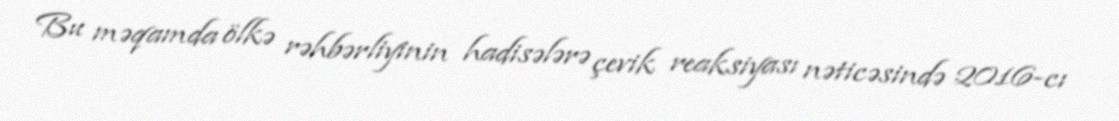
Bu məqamda ölkə rəhbərliyinin hadisələrə çevik reaksiyası nəticəsində 2016-cı